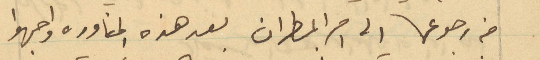
من رجوعها الى امر المطران بعد هذه المناورة واجهوا